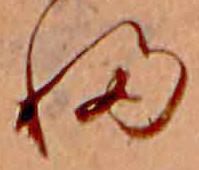
ふ